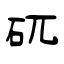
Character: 矹